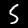
Label: 5